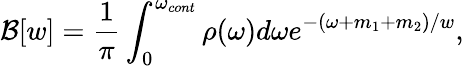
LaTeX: {\cal B}[w]=\frac{1}{\pi}\int_{0}^{\omega_{cont}}{\rho(\omega)d\omega}e^{-(\omega+m_{1}+m_{2})/w},